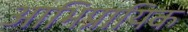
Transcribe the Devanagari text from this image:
आभिप्रायिक